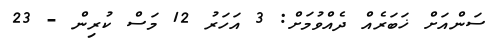
ސަންއަށް ޚަބަރެއް ދެއްވުމަށް: 3 އަހަރު 12 މަސް ކުރިން - 23